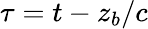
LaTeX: \tau=t-z_{b}/c